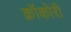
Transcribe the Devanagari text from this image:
क्रॉकोरी